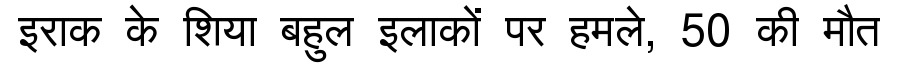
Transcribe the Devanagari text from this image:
इराक के शिया बहुल इलाकों पर हमले, 50 की मौत